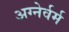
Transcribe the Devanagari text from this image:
अग्नेर्वर्म